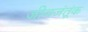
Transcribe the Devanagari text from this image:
जीवजंतूंक